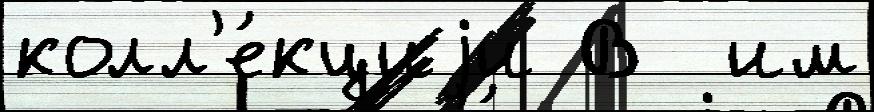
колл'е́кциjи В  им